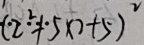
( 2 ^ { 2 } + 5 \times 7 + 5 ) ^ { 2 }